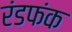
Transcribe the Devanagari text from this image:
रंडफंक